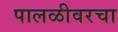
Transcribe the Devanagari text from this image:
पालळीवरचा